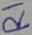
Text: R1